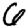
Digit: 6